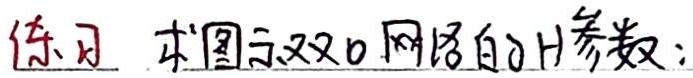
练习 求图示双口网络的H参数：